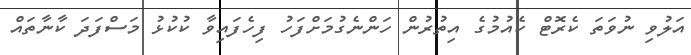
އަލުވި ނުވަތަ ކެރޮޓް ކެއުމުގެ އިތުރުން ހަންނެގުމަށްފަހު ފިހެފައިވާ ކުކުޅު މަސްފަދަ ކާނާތައް